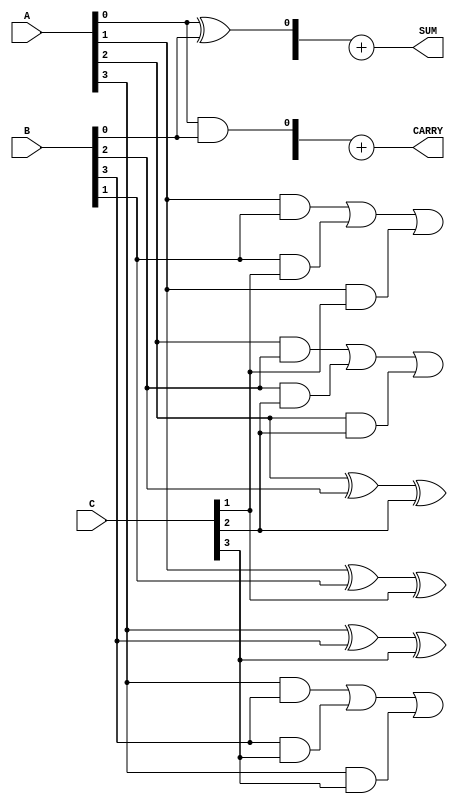
module CarrySaveAdder #(parameter n = 4) (
    input  [n-1:0] A,  // First n-bit input
    input  [n-1:0] B,  // Second n-bit input
    input  [n-1:0] C,  // Third n-bit input
    output [n:0] SUM,   // Final n+1 bit Sum output
    output [n:0] CARRY  // Final n+1 bit Carry output
);

    // Internal wires for sum and carry from HA and FA
    wire [n-1:0] HA_SUM, HA_CARRY;
    wire [n-1:0] FA_SUM, FA_CARRY;

    // Half Adders for the first bit position
    genvar i;
    generate
        for (i = 0; i < n; i=i+1) begin : bit_addition
            if (i == 0) begin // For the least significant bit (LSB)
                assign HA_SUM[i] = A[i] ^ B[i]; // Sum of A and B
                assign HA_CARRY[i] = A[i] & B[i]; // Carry of A and B
            end else begin
                // Using Full Adder for subsequent bits
                assign FA_SUM[i] = A[i] ^ B[i] ^ C[i]; // Sum of A, B, and C
                assign FA_CARRY[i] = (A[i] & B[i]) | (B[i] & C[i]) | (A[i] & C[i]); // Carry from A & B, B & C, A & C
            end
        end
    endgenerate

    // Final Sum and Carry outputs
    assign SUM = HA_SUM + FA_SUM; // Sum outputs
    assign CARRY = {1'b0, HA_CARRY} + {1'b0, FA_CARRY}; // Carry outputs with an extra bit for overflow

endmodule